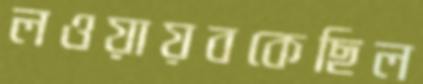
লওয়ায়বকেছিল